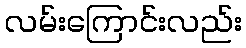
လမ်းကြောင်းလည်း